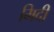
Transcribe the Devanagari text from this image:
मिदी